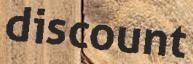
discount